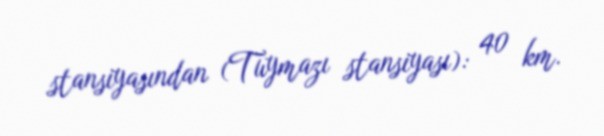
stansiyasından (Tuymazı stansiyası): 40 km.